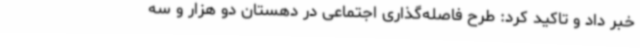
خبر داد و تاکید کرد: طرح فاصله‌گذاری اجتماعی در دهستان دو هزار و سه